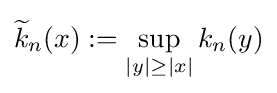
{\widetilde {k}}_{n}(x):=\sup _{|y|\geq |x|}k_{n}(y)